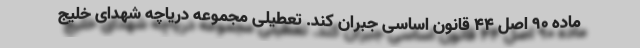
ماده 90 اصل 44 قانون اساسی جبران کند. تعطیلی مجموعه دریاچه شهدای خلیج